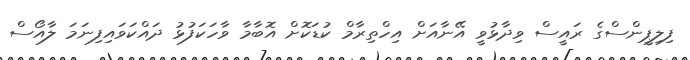
ފިލިޕީންސްގެ ރައީސް ވިދާޅުވީ އޭނާއަށް އިހްތިރާމް ކުޑަކޮށް އޮބާމާ ވާހަކަފުޅު ދައްކަވައިފިނަމަ ލާއޯސް